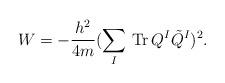
LaTeX: \begin{align*}W=-\frac{h^2}{4m}(\sum_I\,{\rm Tr}\,Q^I\tilde{Q}^I)^2.\end{align*}